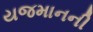
યજમાનની